Reports on dispensaries and lunatic asylums in the Province of Oudh - 1869-1876
Year: 1869
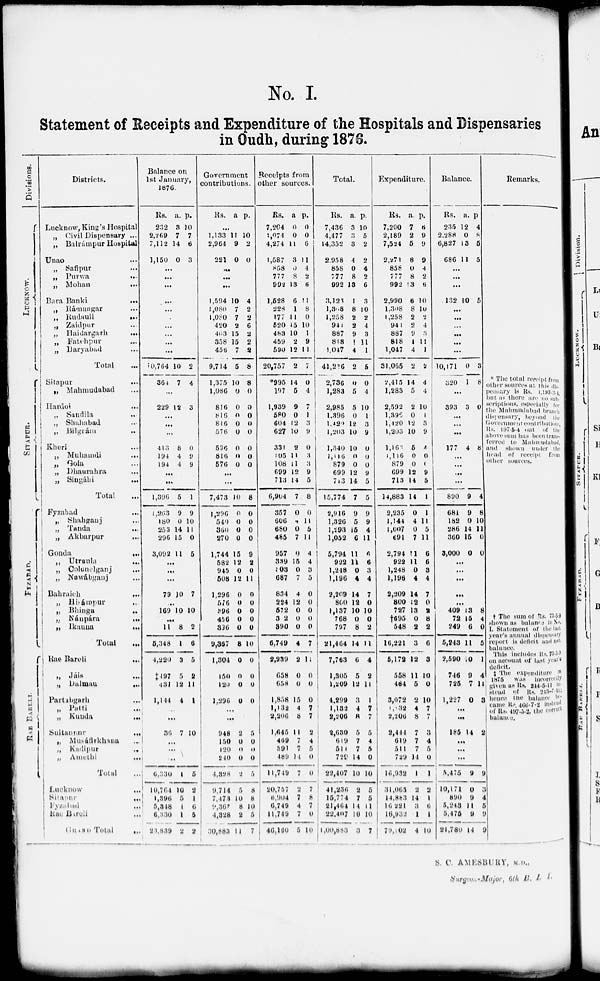
No. I.
Statement of Receipts and Expenditure of the Hospitals and Dispensaries
in Oudh, during 1876.
Divisions.
LUCKNOW.
Districts.
Lucknow, King's Hospital
„ Civil Dispensary ...
„ Balrámpur Hospital ...
Unao ...
„ Safipur ...
„ Purwa ...
„ Mohan ...
Bara Banki
...
„ Rámnagar ...
„
Rudauli
...
„ Zaidpur
„ Haidargarh
...
„ Fatehpur ...
„
Daryabad ...
Total ...
SlTAPUR.
Sitapur ...
„ Mahmudabad ...
Hardoi ...
„ Sandila
...
„ Shahabad ...
„
Bilgrám
...
Kheri ...
„ Muhamdi
...
„ Gola ...
„ Dhaurahra ...
„ Singáhi
...
Total ...
FYZABAD
Fyzabad ...
„ Shahganj ...
„ Tanda
...
„ Akbarpur ...
Gonda ...
„ Utraula ...
„ Colonelganj ...
„ Nawábganj ...
Bahraich
...
„ Hisámpur ...
„ Bhinga
..
,. Nánpára
...
„ Ikauna
...
Total
RAE BARELI.
Rae Bareli ...
„ Jáis ...
„ Dalmau
...
Partabgarh ...
„ Patti ...
„ Kunda ...
Sultanpur
...
„ Musáfirkhana ...
„ Kadipur ...
„ Amethi ...
Total
...
Lucknow
...
Sitapur ...
Fyzabad ...
Rae Bareli ...
GRAND
Total
...
Balance on
1st January,
1876.
Rs.
232
2,269
7,112
1,150
a.
8
7
14
0
p.
10
7
6
3
...
...
...
...
...
... ...
...
...
...
10,764
364
10
7
2
4
...
229 12 3
...
...
...
413
194
194
8
4
4
0
9
9
...
...
1,396
1,263
180
253
296
3,092
5
9
0
14
15
11
1
9
10
11
0
5
...
...
...
79 10 7
...
169 10 10
...
11
5,348
4,220
‡497
431
1,144
8
1
3
5
12
4
2
6
5
2
11
1
...
...
36 7 10
...
...
...
6,330
10,764
1,396
5,348
6,330
23,839
1
10
5
1
1
2
5
2
1
6
5
2
Government
contributions.
Rs. a p.
...
1,133
2,964
221
11
9
0
10
2
0
...
...
...
1,594
1,080
1,080
420
403
358
456
9,714
1,375
1,086
816
816
816
576
536
816
576
10
7
7
2
15
15
7
5
10
0
0
0
0
0
0
0
0
4
2
2
6
2
2
2
8
8
0
0
0
0
0
0
0
0
...
...
7,473
1,296
549
360
270
1,744
582
945
508
1,296
576
396
456
336
9,367
1,304
154
120
1,296
10
0
0
0
0
15
12
0
12
0
0
0
0
0
8
0
0
0
0
8
0
0
0
0
9
2
0
11
0
0
0
0
0
10
0
0
0
0
...
...
948
150
120
240
4,328
9,714
7,473
9,367
4,328
30,883
2
0
0
0
2
5
10
8
2
11
5
0
0
0
5
8
8
10
5
7
Receipts from
other sources.
Rs.
7,204
1,074
4,274
1,587
858
777
992
1,528
228
177
520
483
459
590
20,757
*995
197
1,939
580
604
627
331
105
108
699
713
6,904
357
606
680
485
957
339
803
687
834
224
572
3 2
390
6,749
2,339
658
658
1,858
1,132
2,306
1,645
469
391
489
11,749
20,757
6,904
6,749
11,749
46,160
a
0
0
11
3
0
8
13
6
1
11
15
10
2
12
2
14
5
9
0
12
10
2
11
11
12
14
7
0
4
0
7
0
15
0
7
4
12
0
0
0
4
2
0
0
15
4
8
11
7
7
14
7
2
7
4
7
5
p.
0
0
6
11
4
2
6
11
8
0
10
1
9
1 1
7
0
4
7
1
3
9
0
3
3
9
5
8
0
11
5
11
4
4
3
5
0
0
0
0
0
7
11
0
0
0
7
7
2
4
5
0
0
7
8
7
0
10
Total.
Rs.
7,436
4,477
14,352
2,958
858
777
992
3,123
1,368
1,258
941
887
818
1,047
41,236
2,736
1,283
2,985
1,396
l,420
1,203
1,340
1,116
879
699
713
15,774
2,916
1,326
1,293
1,052
5,794
922
1,248
1,196
2,209
800
1,137
768
797
21,464
7,763
1,305
1,209
4,299
1,132
2,206
2,630
619
514
729
22,407
41,236
15,774
21,464
22,407
1,00,883
a.
3
3
3
4
0
8
13
1
8
2
2
9
1
4
2
0
5
5
0
12
10
10
0
0
12
14
7
9
5
15
6
11
11
0
4
14
12
10
0
8
14
6
5
12
3
4
8
5
7
7
14
10
2
7
14
10
3
p.
10
5
2
2
4
2
6
3
10
2
4
3
11
1
5
0
4
10
1
3
9
0
0
0
9
5
5
9
9
4
11
6
6
3
4
7
0
10
0
2
11
4
2
11
1
7
7
5
4
5
0
10
5
5
11
10
7
Expenditure.
Rs.
7,200
2,189
7,524
2,271
858
777
992
2,990
1,308
1,258
941
887
818
1,047
31,065
2,415
1,283
2,592
1.396
1,420
1,203
1,168
1,116
879
699
713
14,883
2,235
1,144
1,607
691
2,794
922
1,248
1,196
2,209
800
727
†695
548
16,221
5,172
558
484
3,072
1,132
2,206
2,444
619
511
729
16,932
31,065
14,883
16,221
16,932
79,102
a.
7
2
5
8
0
8
13
6
8
2
2
9
1
4
2
14
5
2
0
12
10
6
0
0
12
14
14
0
4
0
7
11
11
0
4
14
12
13
0
2
3
12
11
5
2
4
8
7
7
7
14
1
2
14
3
1
4
p.
6
9
9
9
4
2
6
10
10
2
4
3
11
1
2
4
4
10
1
3
9
4
0
0
9
5
1
1
11
5
11
6
6
3
4
7
0
2
8
2
6
3
10
0
10
7
7
3
4
5
0
1
2
1
6
1
10
Balance.
Rs.
235
2,288
6,827
686
a.
12
0
13
11
p.
4
8
5
5
...
...
...
132 10 5
...
...
...
...
...
...
10,171
320
0
1
3
8
...
393
3 0
...
...
...
177
4 8
...
...
...
...
890
681
182
286
360
3,000
9
9
0
14
15
0
4
8
10
11
0
0
...
...
...
...
...
409
72
249
5,243
2,590
746
725
1,227
13
15
6
11
10
9
7
0
8
4
0
5
1
4
11
3
...
...
185 14 2
...
...
...
5,475
10,171
890
5,243
5,475
21,780
9
0
9
11
9
14
9
3
4
5
9
9
Remarks.
* The total receipt from
other sources at this dis-
pensary is Rs. 1,193-3-4,
but as there are no such
scriptions, especially for
the Mahmudabad branch
dispensary, beyond the
Government contributions,
Rs. 197-5-4
out
of the
above sum has been tran-
ferred to Mahmudabad.
and shown under the
head of receipt from
other
sources.
† The sum of Rs. 73-5-9
shown as balance in No.
I. Statement of the last
year's annual dispensary
report is deficit and not
balance.
This includes Rs. 73-5-9
on account of last year's
deficit.
† The expenditure in
1875 was incorrectly
given as Rs. 244-5-11 in-
stead of Rs. 213-7-11;
hence the balance be-
came Rs. 466-7-2 instead
of Rs. 497-5-2, the correct
balance.
S. C. AMESBURY, M. D.,
Surgeon-Major, 6th B. L. I.